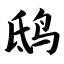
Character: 鸱